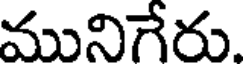
మునిగేరు.